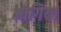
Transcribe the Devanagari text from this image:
भागिया